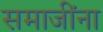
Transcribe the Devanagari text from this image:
समाजींना